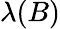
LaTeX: \lambda(B)